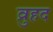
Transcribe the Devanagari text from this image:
व्रुहद